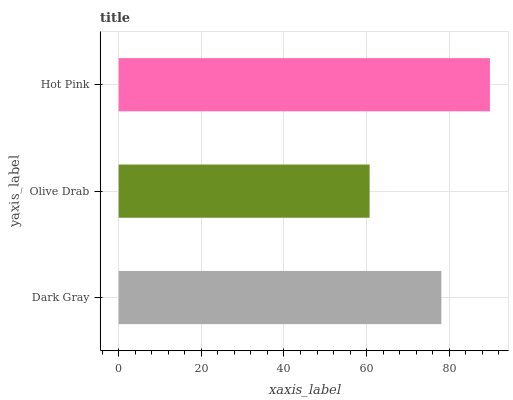
| yaxis_label | bars |
 | --- | --- |
 | Dark Gray | 78.1 |
 | Olive Drab | 60.7 |
 | Hot Pink | 89.8 |